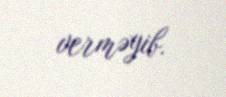
verməyib.